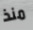
منذ